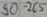
Text: 90-265